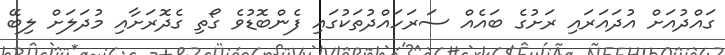
ގައްދުއަށް އުދައަރައި ރަށުގެ ބައެއް ސަރަހައްދުތަކުގައި ފެންބޮޑުވެ ގޯތި ގެދޮރަށާއި މުދަލަށް ލިބޭ